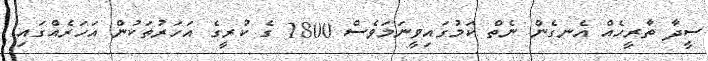
ސީދާ ތާރީހެއް އެނގެން ނެތް ކަމުގައިވީނަމަވެސް 1800 ގެ ކުރީގެ އަހަރުތަކުން އަހަރެއްގައި